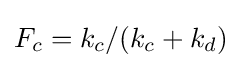
F_{c}=k_{c}/(k_{c}+k_{d})